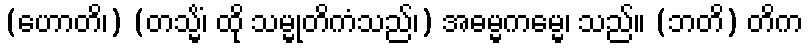
(ဟောတိ၊) (တသ္မိံ၊ ထို သမ္မုတိကံသည်၊) အဓမ္မကမ္မေ၊ သည်။ (ဘတိ) တိက